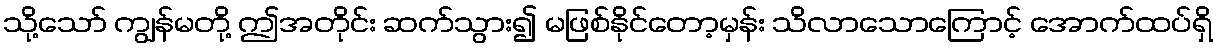
သို့သော် ကျွန်မတို့ ဤအတိုင်း ဆက်သွား၍ မဖြစ်နိုင်တော့မှန်း သိလာသောကြောင့် အောက်ထပ်ရှိ